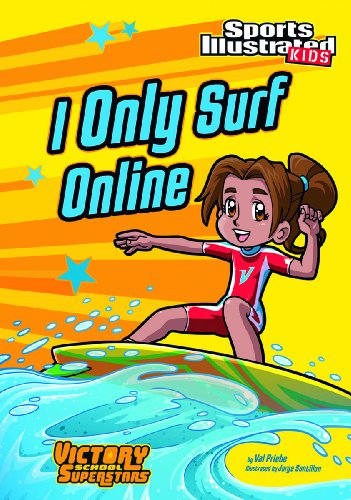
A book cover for I Only Surf Online (Sports Illustrated Kids Victory School Superstars); Val Priebe; Children's Books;